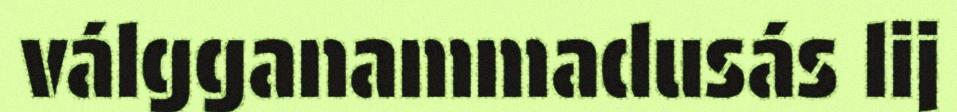
válgganammadusás lij